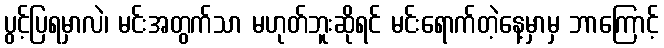
ပွင့်ပြရမှာလဲ၊ မင်းအတွက်သာ မဟုတ်ဘူးဆိုရင် မင်းရောက်တဲ့နေ့မှာမှ ဘာကြောင့်